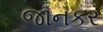
જાનકર